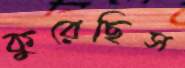
কুরেছিস